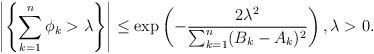
LaTeX: \begin{align*}\left|\left\{\sum_{k=1}^n\phi_k>\lambda\right\}\right|\le \exp\left(-\frac{2\lambda^2}{\sum_{k=1}^n(B_k-A_k)^2}\right),\lambda>0.\end{align*}